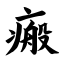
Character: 瘢